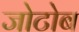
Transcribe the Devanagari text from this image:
जोटोब